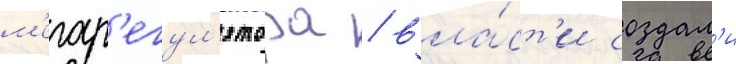
м'егар'егул'ятора / вла́ст'и создал'и